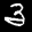
Label: 3